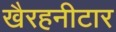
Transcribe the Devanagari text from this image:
खैरहनीटार